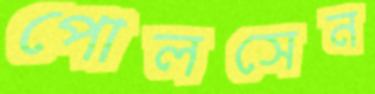
পোলসেন